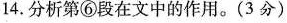
14.分析第⑥段在文中的作用。(3分)